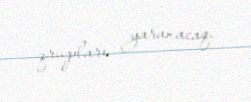
qrupları yaranacaq.